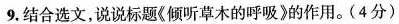
9. 结合选文，说说标题《倾听草木的呼吸》的作用。(4分)